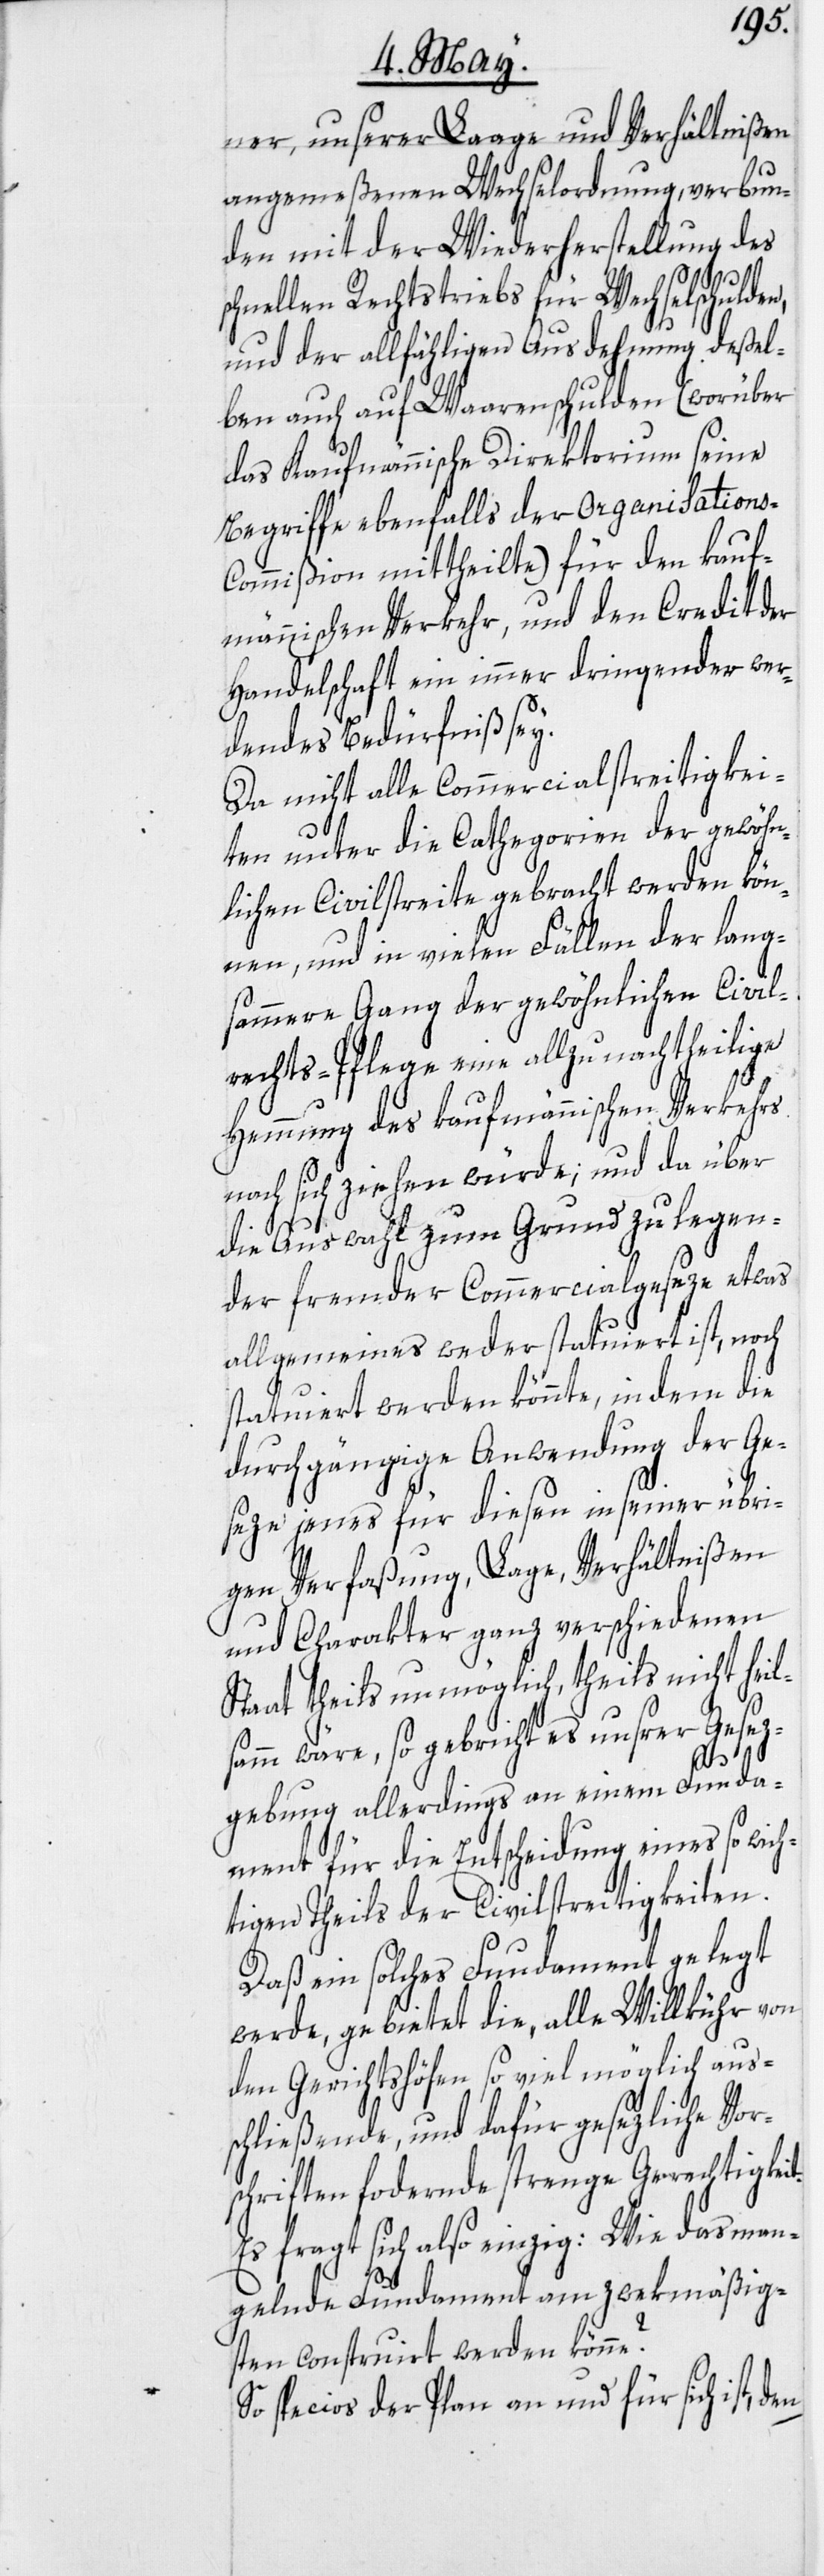
ner, unserer Laage und Verhältnißen
angemeßenen Wechselordnung, verbun¬
den mit der Wiederherstellung des
it.
schnellen Rechtstriebs für Wechselschulden,
und der allfähligen Ausdehnung deßel¬
ben auch auf Waarenschulden (worüber
das Kaufmännische Direktorium seine
Begriffe ebenfalls der Organisations-C¬
ommißion mittheilte) für den kauf¬
männischen Verkehr, und den Credit der
Handelschaft ein immer dringender wer¬
dendes Bedürfniß sey.
Da nicht alle Commercialstreitigkei¬
ten unter die Cathegorien der gewöhn¬
lichen Civilstreite gebracht werden kön¬
nen, und in vielen Fällen der lang¬
sammere Gang der gewöhnlichen Civil¬
rechts-Pflege eine allzu nachtheilige
Hemmung des kaufmännischen Verkehrs
nach sich ziehen würde; und da über
die Auswahl zum Grund zu legen¬
der fremder Commercialgeseze etwas
allgemeines weder statuiert ist, noch
statuiert werden könnte, indem die
durchgängige Anwendung der Ge¬
seze jenes für diesen in seiner übri¬
gen Verfaßung, Lage, Verhältnißen
und Charakter ganz verschiedenen
Staat theils unmöglich, theils nicht heil¬
samm wäre, so gebricht es unsrer Gesez¬
gebung allerdings an einem Funda¬
ment für die Entscheidung eines so wich¬
tigen Theils der Civilstreitigkeiten.
Daß ein solches Fundament gelegt
werde, gebietet die, alle Willkühr von
den Gerichtshöfen so viel möglich aus¬
schließende, und dafür gesezliche Vor¬
schriften fo[r]dernde strenge Gerechtigke¬
Es fragt sich also einzig: Wie das man¬
gelnde Fundament am zwekmäßig¬
sten construirt werden könne?
So specios der Plan an und für sich ist, den